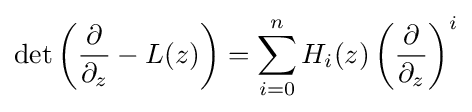
\det \left({\frac {\partial }{\partial _{z}}}-L(z)\right)=\sum _{i=0}^{n}H_{i}(z)\left({\frac {\partial }{\partial _{z}}}\right)^{i}